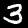
Label: 3